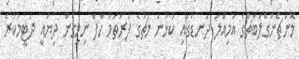
މޮންޗެންގްލަބާޗްގެ އަމިއްލަ ދަނޑުގައި ކުޅުނު މެޗުގެ ފުރަތަމަ ހާފް ނިމިގެން ދިޔައީ ދެޓީމުކުރެ